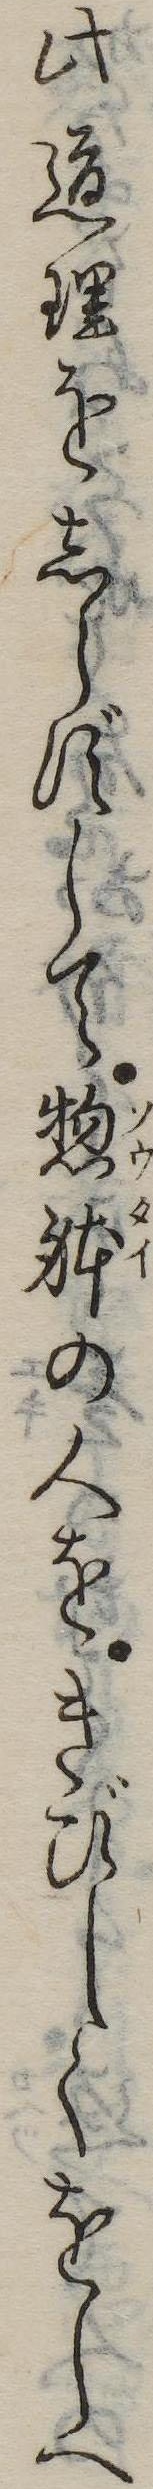
此道理をしらずして惣体の人をきびしくをしへ